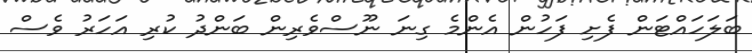
ބަލަހައްޓަން ފެށި ފަހުން އެންމެ ގިނަ ނޫސްވެރިން ބަންދު ކުރި އަހަރު ވެސް